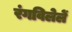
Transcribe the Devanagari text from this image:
रंगविलेलें